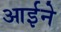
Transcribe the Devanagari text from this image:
आर्इने